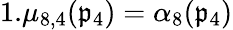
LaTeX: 1.\mu_{8,4}(\mathfrak{p}_{4})=\alpha_{8}(\mathfrak{p}_{4})